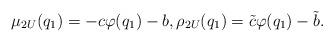
LaTeX: \begin{align*}\mu_{2U}(q_1)=-c\varphi(q_1)-b,\rho_{2U}(q_1)=\tilde{c} \varphi(q_1)-\tilde{b}.\end{align*}